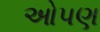
ઓપણ